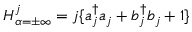
{ \cal H } _ { \alpha = \pm \infty } ^ { j } = j \{ a _ { j } ^ { \dagger } a _ { j } + b _ { j } ^ { \dagger } b _ { j } + 1 \}